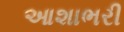
આશાભરી